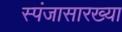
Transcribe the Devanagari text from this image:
स्पंजासारख्या